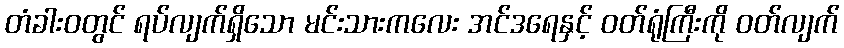
တံခါးဝတွင် ရပ်လျက်ရှိသော မင်းသားကလေး အင်ဒရေနှင့် ဝတ်ရုံကြီးကို ဝတ်လျက်